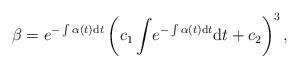
LaTeX: \begin{align*}\beta=e^{-\int \alpha(t) {\rm d}t}\left(c_1\int\! e^{-\int \alpha(t) {\rm d}t}{\rm d}t+c_2\right)^3,\end{align*}